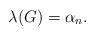
LaTeX: \begin{align*}\lambda(G) = \alpha_n.\end{align*}